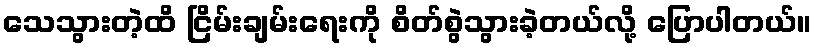
သေသွားတဲ့ထိ ငြိမ်းချမ်းရေးကို စိတ်စွဲသွားခဲ့တယ်လို့ ပြောပါတယ်။